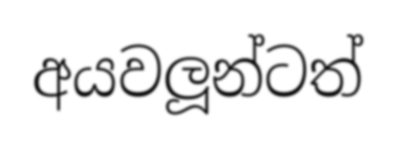
අයවලූන්ටත්